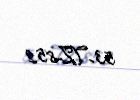
53-TZ-852